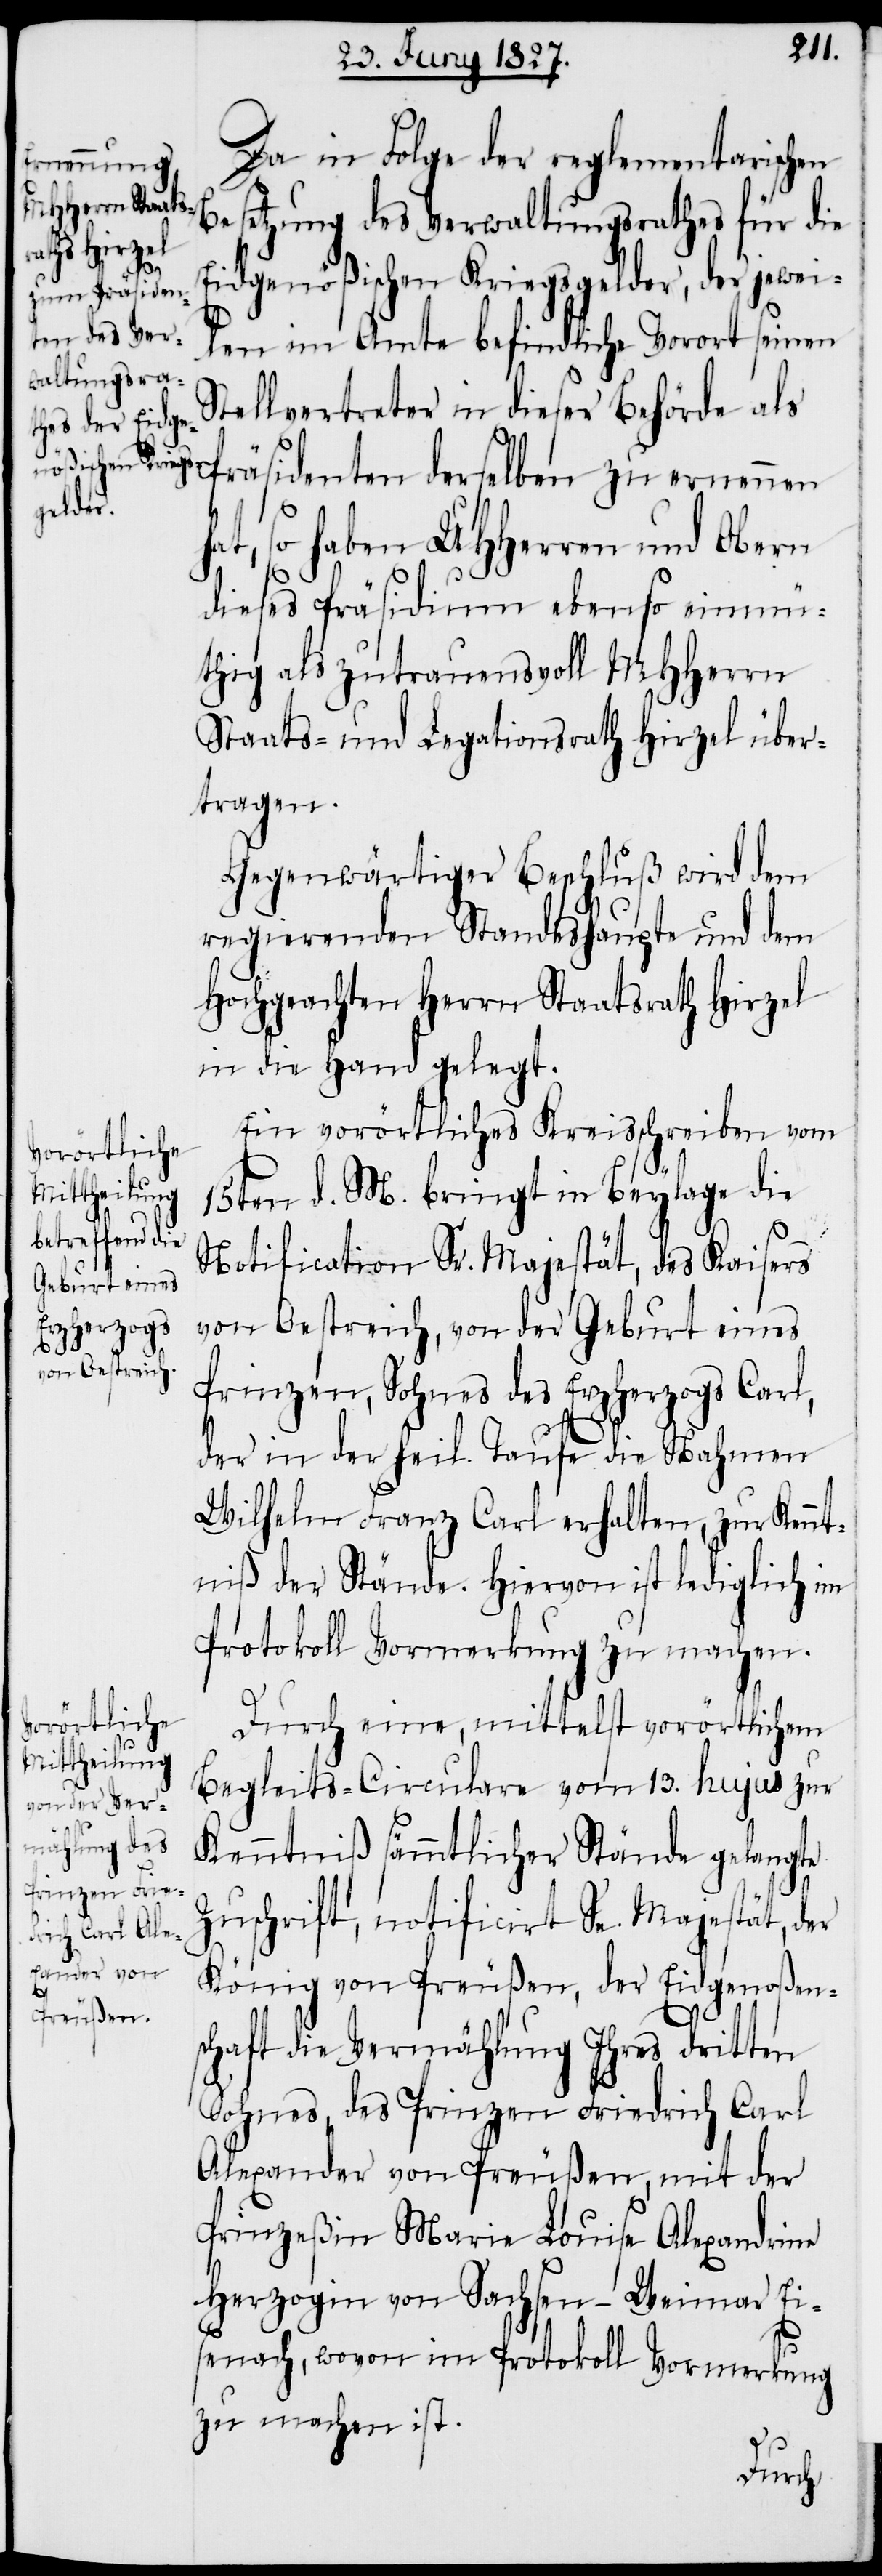
Da in Folge der reglementarischen
Bes¬
etzung des Verwaltungsrathes für die
Eidgenößischen Kriegsgelder, der jewei¬
len im Amte befindliche Vorort seinen
Stellvertreter in dieser Behörde als
h¬
Präsidenten derselben zu ernennen
at, so haben UHHerren und Obern
dieses Präsidium ebenso einmü¬
thig als zutrauensvoll MHHerrn
Staats- und Legationsrath Hirzel über¬
tragen.
Gegenwärtiger Beschluß wird dem
regierenden Standeshaupte und dem
Hochgeachten Herrn Staatsrath Hirzel
in die Hand gelegt.
Ein vorörtliches Kreisschreiben vom
15ten d. M. bringt in Beylage die
Notification Sr. Majestät, des Kaisers
von Oestreich, von der Geburt eines
Prinzen, Sohnes des Erzherzogs Carl,
der in der heil. Taufe die Nahmen
Wilhelm Franz Carl erhalten, zur Kennt¬
niß der Stände. Hiervon ist lediglich im
Protokoll Vormerkung zu machen.
Durch eine, mittelst vorörtlichem
Begleit-Circulare vom 13. hujus zur
Kenntniß sämmtlicher Stände gelangte
Zuschrift, notificirt Se. Majestät, der
König von Preußen, der Eidgenoßens¬
chaft die Vermählung Ihres dritten
Sohnes, des Prinzen Friedrich Carl
Alexander von Preußen, mit der
Prinzeßin Marie Louise Alexandrine
Herzogin von Sachsen-Weimar Ei¬
senach, wovon im Protokoll Vormerkung
zu machen ist.